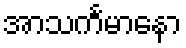
အာသင်္ကမာနော